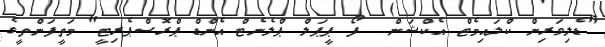
"ޑެލިވަރިން ކްލައިމެޓް އެކްޝަން  ފޯ ޕީޕަލް ޕްލެނެޓް އެންޑް ޕްރޮސްޕެރިޓީ" މަތީފަންތީގެ